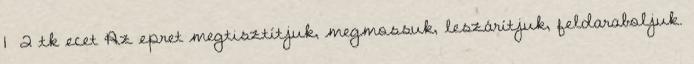
1 2 tk ecet Az epret megtisztítjuk, megmossuk, leszárítjuk, feldaraboljuk.